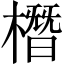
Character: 橬